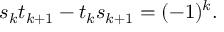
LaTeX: s _ { k } t _ { k + 1 } - t _ { k } s _ { k + 1 } = ( - 1 ) ^ { k } .